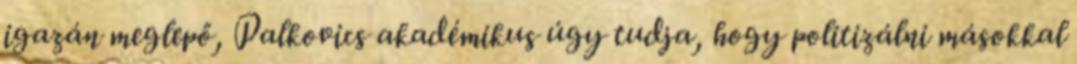
igazán meglepő, Palkovics akadémikus úgy tudja, hogy politizálni másokkal